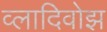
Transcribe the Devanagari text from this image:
व्लादिवोझ